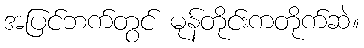
အပြင်ဘက်တွင် မုန်တိုင်းကတိုက်ဆဲ။